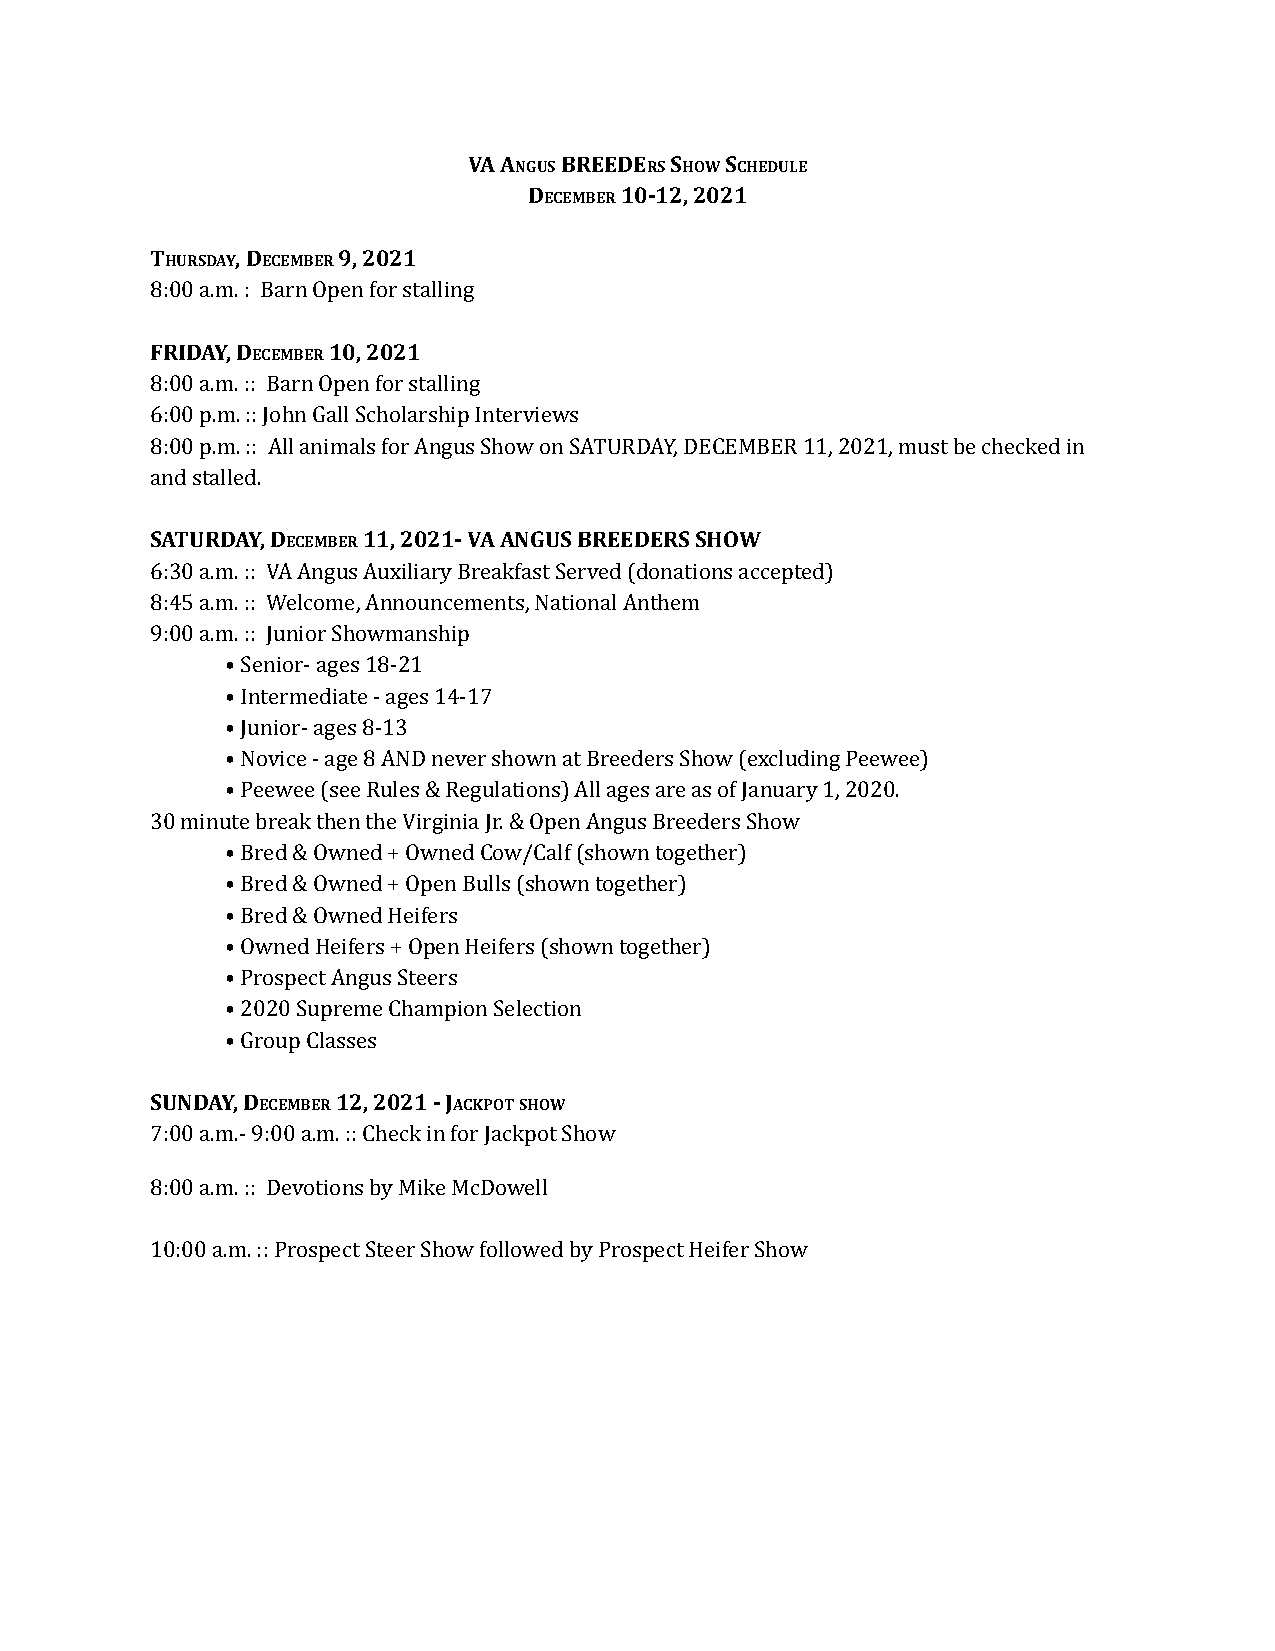
VA ANGUSBREEDERSSHOWSCHEDULE
 DECEMBER10-12, 2021
 THURSDAY, DECEMBER9, 2021
 8:00 a.m. : Barn Open for stalling
 FRIDAY, DECEMBER10, 2021
 8:00 a.m. :: Barn Open for stalling
 6:00 p.m. :: John Gall Scholarship Interviews
 8:00 p.m. :: All animals for Angus Show on SATURDAY, DECEMBER 11, 2021, must be checked in
 and stalled.
 SATURDAY, DECEMBER11, 2021- VA ANGUS BREEDERS SHOW
 6:30 a.m. :: VA Angus Auxiliary Breakfast Served (donations accepted)
 8:45 a.m. :: Welcome, Announcements, National Anthem
 9:00 a.m. :: Junior Showmanship
 • Senior- ages 18-21
 • Intermediate - ages 14-17
 • Junior- ages 8-13
 • Novice - age 8 AND never shown at Breeders Show (excluding Peewee)
 • Peewee (see Rules & Regulations) All ages are as of January 1, 2020.
 30 minute break then the Virginia Jr. & Open Angus Breeders Show
 • Bred & Owned + Owned Cow/Calf (shown together)
 • Bred & Owned + Open Bulls (shown together)
 • Bred & Owned Heifers
 • Owned Heifers + Open Heifers (shown together)
 • Prospect Angus Steers
 • 2020 Supreme Champion Selection
 • Group Classes
 SUNDAY, DECEMBER12, 2021 - JACKPOTSHOW
 7:00 a.m.- 9:00 a.m. :: Check in for Jackpot Show
 8:00 a.m. :: Devotions by Mike McDowell
 10:00 a.m. :: Prospect Steer Show followed by Prospect Heifer Show